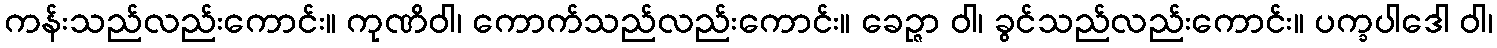
ကန်းသည်လည်းကောင်း။ ကုဏိဝါ၊ ကောက်သည်လည်းကောင်း။ ခေဉ္ဇာ ဝါ၊ ခွင်သည်လည်းကောင်း။ ပက္ခပါဒေါ ဝါ၊